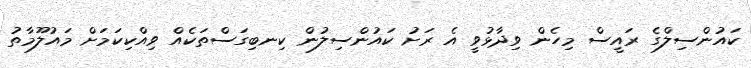
ކައުންސިލްގެ ރައީސް މިހެން ވިދާޅުވީ އެ ރަށު ކައުންސިލުން ކިނބިގަސްތަކެއް ވިއްކިކަމަށް މައުލޫމާތު